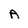
Character: A